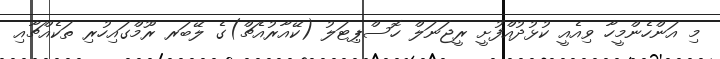
މި އަންހެންމީހާ ވިއެއީ ކުޅުދުއްފުށީ ރީޖަނަލް ހޮސްޕިޓަލު (ކޭއާރުއެޗް)ގެ ލޭބަރ ރޫމްގައިހުރި ތަކެއްޗާއި